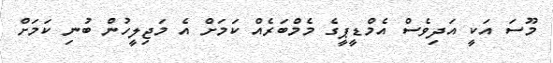
މޫސަ އަކީ އަދިވެސް އެމްޑީޕީގެ މެމްބަރެއް ކަމަށް އެ މަޖިލީހުން ބުނި ކަމަށް